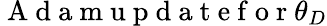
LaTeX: \mathrm{~A~d~a~m~u~p~d~a~t~e~f~o~r~}\theta_{D}